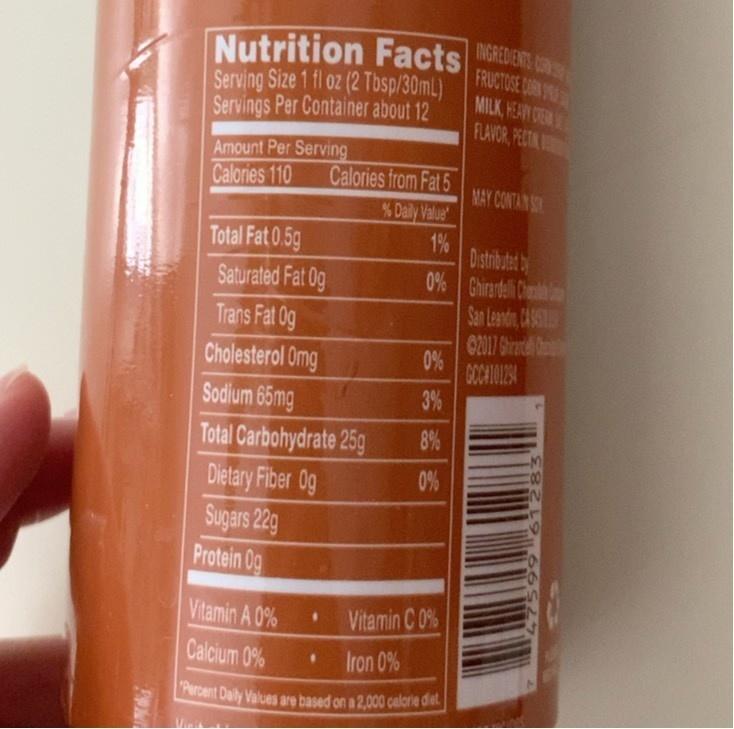
INGREDIENTS CO FRUCTOSE DURY MILK, HEARY CEM FLAVOR, PECTA
Nutrition Facts
Serving Size 1 fl oz (2 Tbsp/30mL) Servings Per Container about 12
Amount Per Serving Calories 110
Calories from Fat 5 % Daily Value
MAY CONTAN S
Total Fat 0.5g
1% Distributed b
Saturated Fat Og Trans Fat 0g
0% Ghirandel Chen San Leandn, CASST
02017 Ghrad 0% COCATOL24
Cholesterol Omg
Sodium 65mg
3%
8%
Total Carbohydrate 25g Dietary Fiber Og Sugars 22g Protein 0g
0%
Vitamin A 0%
Vitamin C 0%
Calcium 0%
Iron 0%
Percent Daly Values are based on a 2,000 celorie diet